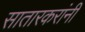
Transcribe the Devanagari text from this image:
सातारकरांनी